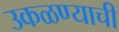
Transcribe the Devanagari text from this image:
उकळण्याची